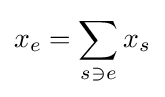
x_{e}=\sum _{s\ni e}x_{s}